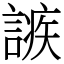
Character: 𧪠